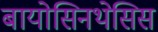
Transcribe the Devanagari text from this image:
बायोसिनथेसिस